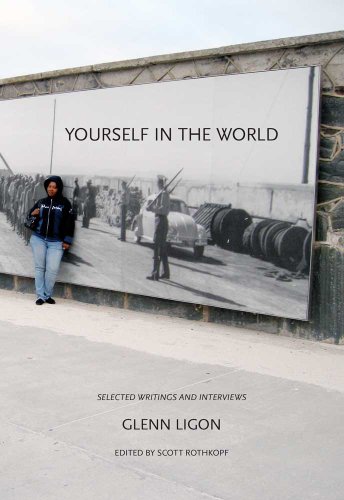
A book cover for Yourself in the World: Selected Writings and Interviews (Whitney Museum of American Art); Glenn Ligon; Arts & Photography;